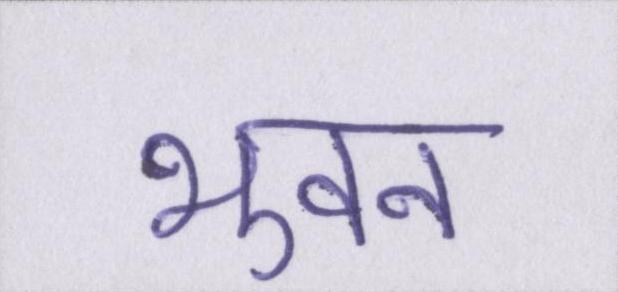
भुवन